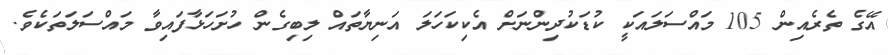
އޭގެ ތެރެއިން 105 މައްސަލައަކީ ކުޑަކުދިންނަށް އެކިކަހަލަ އަނިޔާތައް ލިބިގެން ހުށަހަޅާފައިވާ މައްސަލަތަކެވެ.